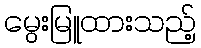
မွေးမြူထားသည့်